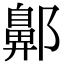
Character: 𨞳